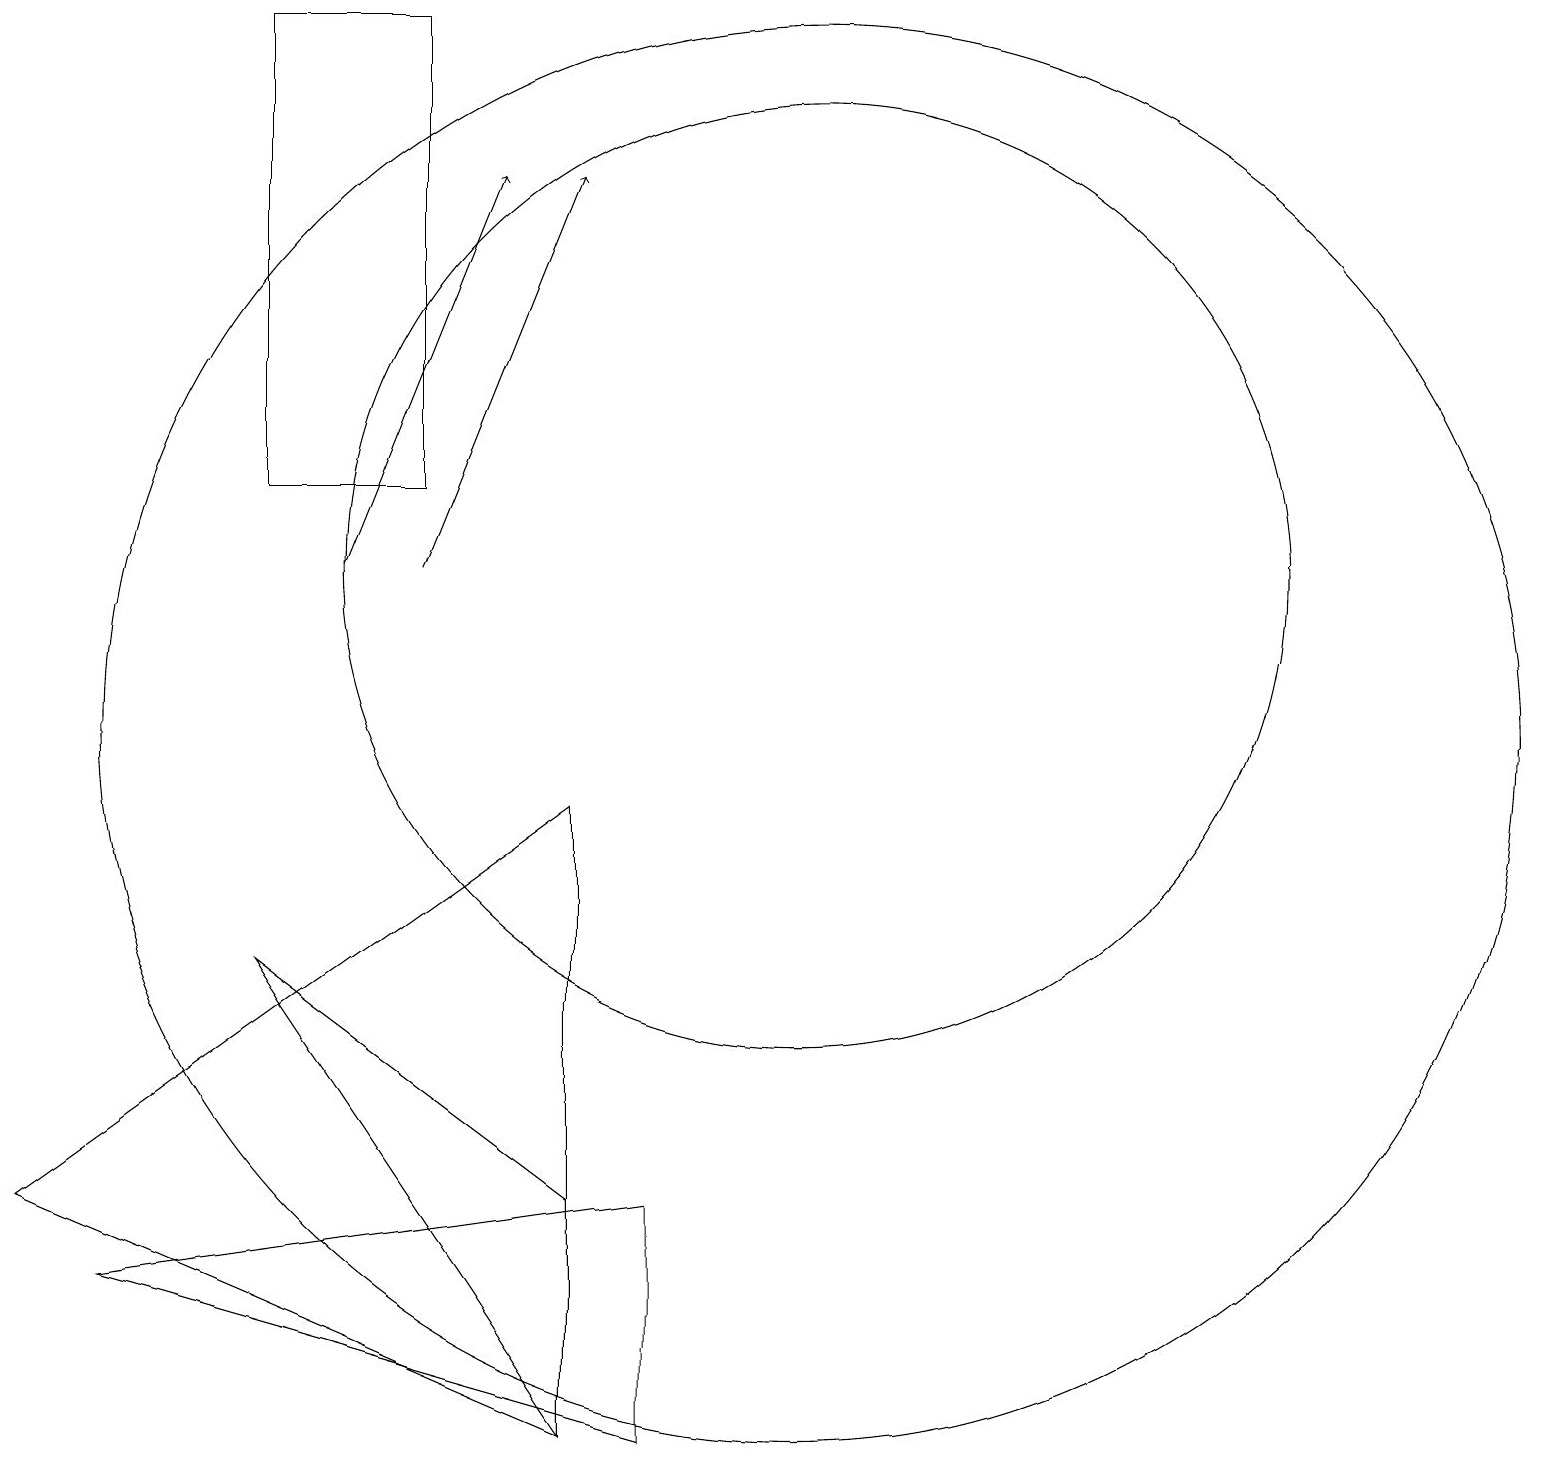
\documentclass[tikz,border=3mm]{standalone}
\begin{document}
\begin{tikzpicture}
\draw (10,12) circle (6);
\draw (7,1) -- (3,7) -- (7,4) -- cycle;
\draw[->] (4,12) -- (6,17);
\draw (3,13) rectangle (5,19);
\draw (10,10) circle (9);
\draw (8,4) -- (8,1) -- (1,3) -- cycle;
\draw (7,1) -- (0,4) -- (7,9) -- cycle;
\draw[->] (5,12) -- (7,17);
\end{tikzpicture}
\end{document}